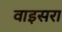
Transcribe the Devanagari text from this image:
वाइसरा